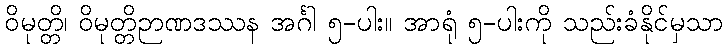
ဝိမုတ္တိ၊ ဝိမုတ္တိဉာဏဒဿန အင်္ဂါ ၅-ပါး။ အာရုံ ၅-ပါးကို သည်းခံနိုင်မှသာ